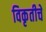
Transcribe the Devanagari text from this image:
विकृतीचे